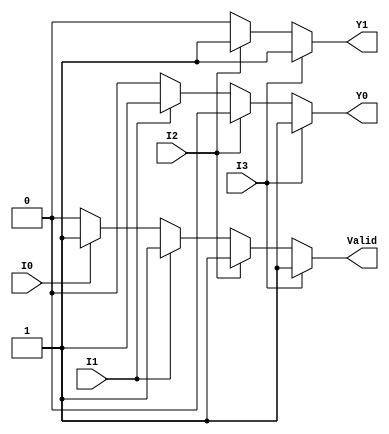
module priority_encoder_4to2 (
    input wire I0,   // Input 0
    input wire I1,   // Input 1
    input wire I2,   // Input 2
    input wire I3,   // Input 3
    output reg Y1,   // Output bit 1
    output reg Y0,   // Output bit 0
    output reg Valid // Valid output
);

always @(*) begin
    // Default values
    Y1 = 1'b0;
    Y0 = 1'b0;
    Valid = 1'b0;

    // Check inputs in order of priority
    if (I3) begin
        Y1 = 1'b1;
        Y0 = 1'b1;
        Valid = 1'b1;
    end else if (I2) begin
        Y1 = 1'b1;
        Y0 = 1'b0;
        Valid = 1'b1;
    end else if (I1) begin
        Y1 = 1'b0;
        Y0 = 1'b1;
        Valid = 1'b1;
    end else if (I0) begin
        Y1 = 1'b0;
        Y0 = 1'b0;
        Valid = 1'b1;
    end else begin
        // If no inputs are active, Valid remains 0
        Valid = 1'b0;
    end
end

endmodule